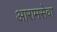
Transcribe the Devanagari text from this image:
आरामसेवा